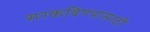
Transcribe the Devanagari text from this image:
सरकविण्यासाठी